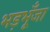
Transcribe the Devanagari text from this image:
भड़भूँजा